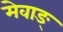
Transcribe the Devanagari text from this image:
मेवाङ्